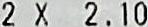
2 X 2.10